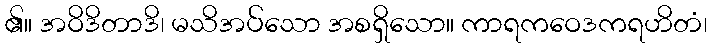
၏။ အဝိဒိတာဒိ၊ မသိအပ်သော အစရှိသော။ ကာရကဝေဒကရဟိတံ၊